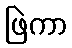
ဖြဲကာ